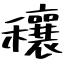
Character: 穰